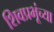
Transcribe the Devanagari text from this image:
शिवप्रभूंच्या